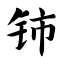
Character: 铈